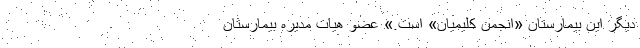
دیگر این بیمارستان «انجمن کلیمیان» است.» عضو هیات مدیره بیمارستان